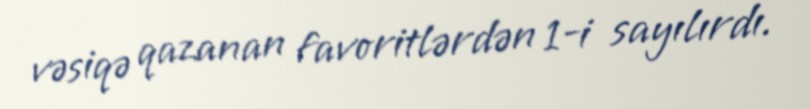
vəsiqə qazanan favoritlərdən 1-i sayılırdı.